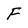
Character: F